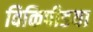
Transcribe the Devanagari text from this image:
विकिपीडया